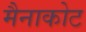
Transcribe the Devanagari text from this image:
मैनाकोट